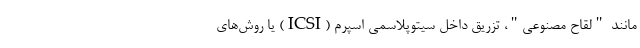
مانند "لقاح مصنوعی"، تزریق داخل سیتوپلاسمی اسپرم (ICSI) یا روش‌های